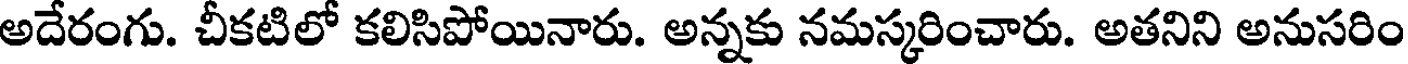
అదేరంగు. చీకటిలో కలిసిపోయినారు. అన్నకు నమస్కరించారు. అతనిని అనుసరిం